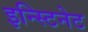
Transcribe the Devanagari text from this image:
इन्स्टिनेट